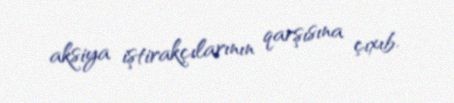
aksiya iştirakçılarının qarşısına çıxıb.